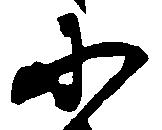
に